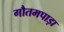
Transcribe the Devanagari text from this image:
गौतमपाड़ा